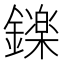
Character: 𮣏